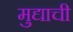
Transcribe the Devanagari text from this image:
मुद्याची